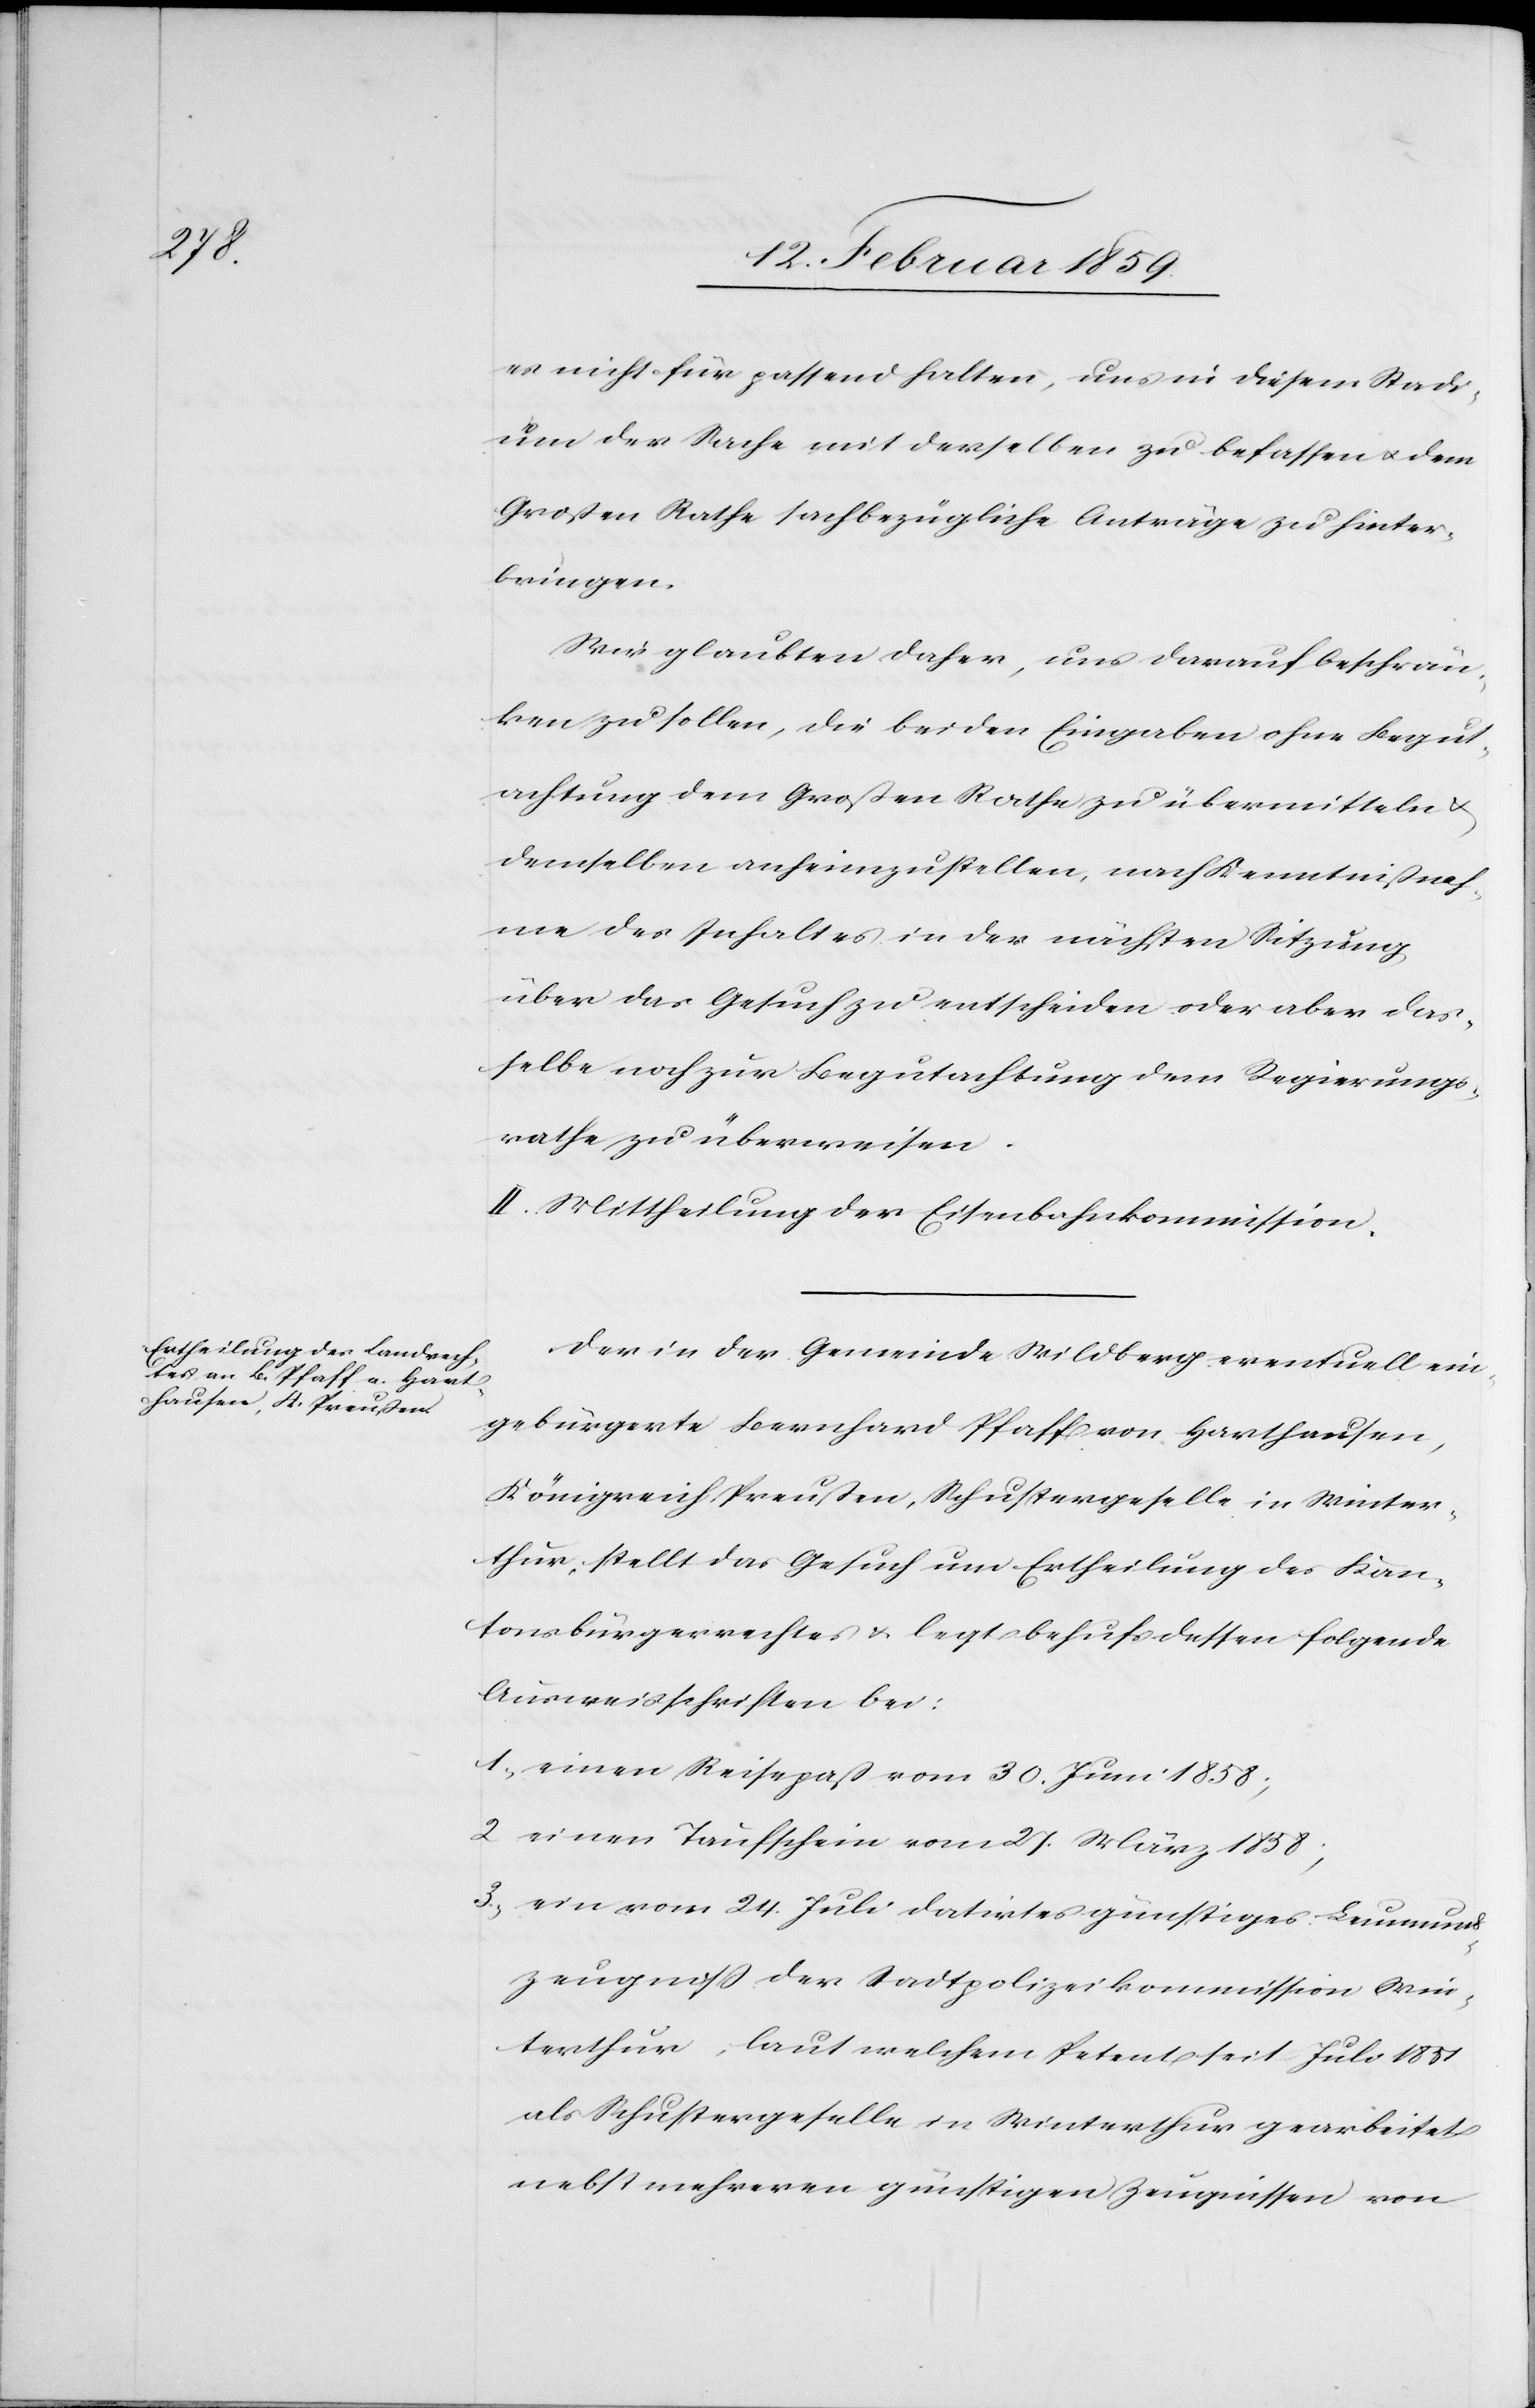
es nicht für passend halten, uns in diesem Stadi¬
um der Sache mit derselben zu befassen u. dem
Großen Rathe sachbezügliche Anträge zu hinter¬
bringen.
Wir glaubten daher, uns darauf beschrän¬
ken zu sollen, die beiden Eingaben ohne Begut¬
achtung dem Großen Rathe zu übermitteln &
demselben anhinzustellen, nach Kenntnißnah¬
me des Inhaltes in der nächsten Sitzung
über das Gesuch zu entscheiden oder aber das¬
selbe noch zur Begutachtung dem Regierungs¬
rathe zu überweisen.
II. Mittheilung der Eisenbahnkommission.
Der in der Gemeinde Wildberg eventuell ein¬
gebürgerte Bernhard Pfaff von Harthausen,
Königreicht Preußen, Schustergeselle in Winter¬
thur, stellt das Gesuch um Ertheilung des Kan¬
tonsbürgerrechtes u. legt behufs dessen folgende
Ausweisschriften bei:
1, einen Reisepaß vom 30. Juni 1858;
2, einen Taufschein vom 27. März 1858;
3, ein vom 24. Juli datirtes günstiges Leumunds¬
zeugniß der Stadtpolizeikommission Win¬
terthur, laut welchem Petent seit Juli 1857
als Schustergeselle in Winterthur gearbeitet
nebst mehreren günstigen Zeugnissen von